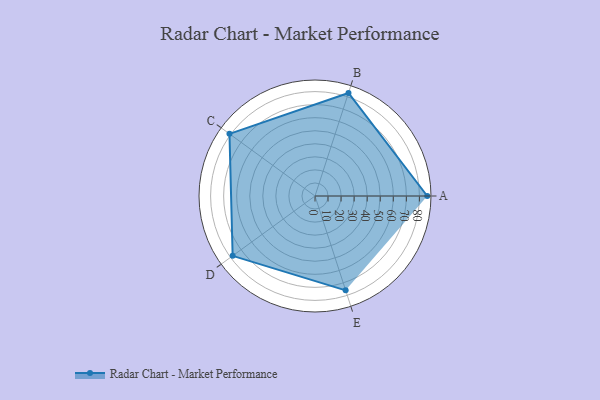
{"axis": {"x": "Skill", "y": "Score"}, "legend": ["Profile"], "data": [{"x": "A", "y": 86.0, "type": "Profile"}, {"x": "B", "y": 83.0, "type": "Profile"}, {"x": "C", "y": 81.0, "type": "Profile"}, {"x": "D", "y": 78.0, "type": "Profile"}, {"x": "E", "y": 76.0, "type": "Profile"}]}